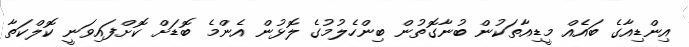
އިންޑިއާގެ ބައެއް މީޑިއާތަކުން ބުނާގޮތުން ބިންހެލުމުގެ ލޮޅުން އެންމެ ބޮޑަށް ކޮށްފައިވަނީ ކޮލްކަތާ